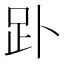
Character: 䟔